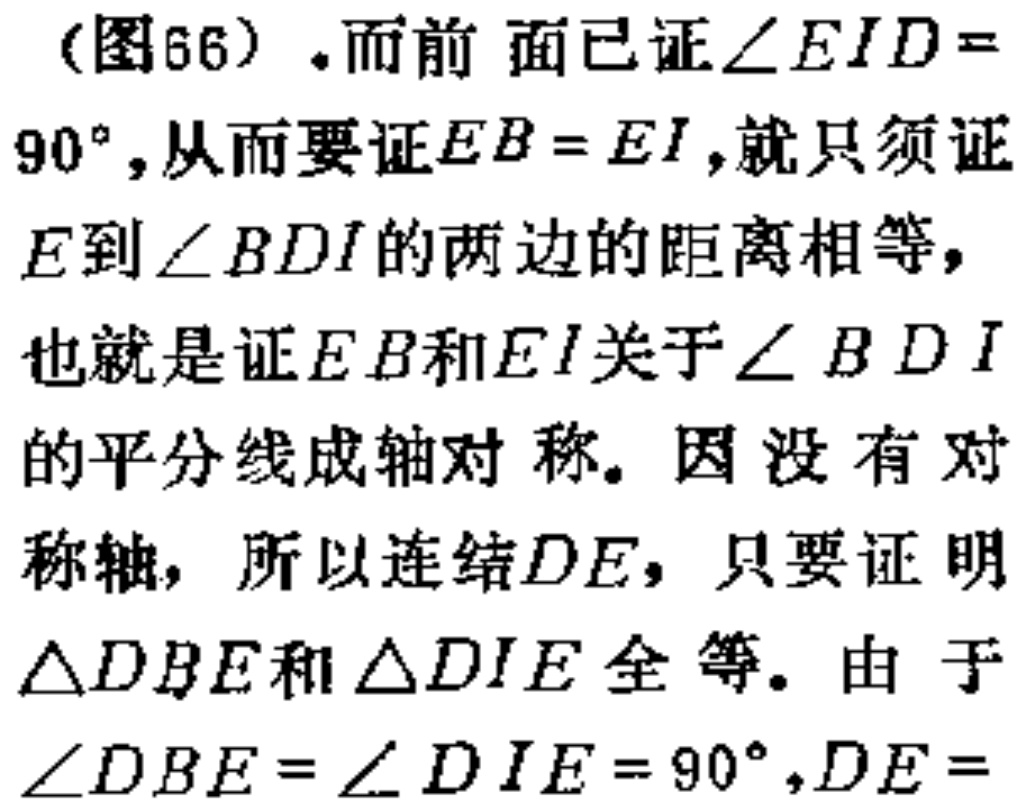
(图66)。而前面已证\(\angle EID = 90^{\circ}\),从而要证\(EB = EI\),就只须证\(E\)到\(\angle BDI\)的两边的距离相等，也就是证\(EB\)和\(EI\)关于\(\angle BDI\)的平分线成轴对称。因没有对称轴，所以连结\(DE\)，只要证明\(\triangle DBE\)和\(\triangle DIE\)全等。由于\(\angle DBE=\angle DIE = 90^{\circ},DE =\)